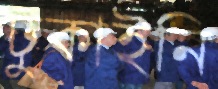
ঢুকাইনি